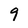
Character: 9